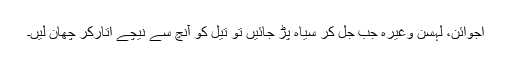
اجوائن، لہسن وغیرہ جب جل کر سیاہ پڑ جائیں تو تیل کو آنچ سے نیچے اتارکر چھان لیں۔